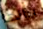
بذاتها